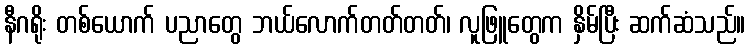
နီဂရိုး တစ်ယောက် ပညာတွေ ဘယ်လောက်တတ်တတ်၊ လူဖြူတွေက နှိမ်ပြီး ဆက်ဆံသည်။